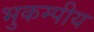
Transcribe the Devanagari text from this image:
भुकम्पीय